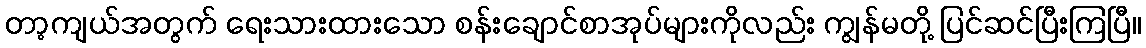
တာ့ကျယ်အတွက် ရေးသားထားသော စန်းချောင်စာအုပ်များကိုလည်း ကျွန်မတို့ ပြင်ဆင်ပြီးကြပြီ။